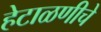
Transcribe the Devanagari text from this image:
हेटाळणीचे